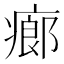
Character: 㾿